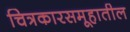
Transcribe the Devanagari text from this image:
चित्रकारसमूहातील